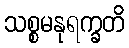
သစ္စမနုရက္ခတိ